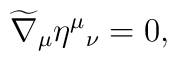
\widetilde{\nabla}_{\mu} \eta^{\mu} {_{\nu}} = 0,